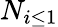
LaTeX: N_{i\leq 1}